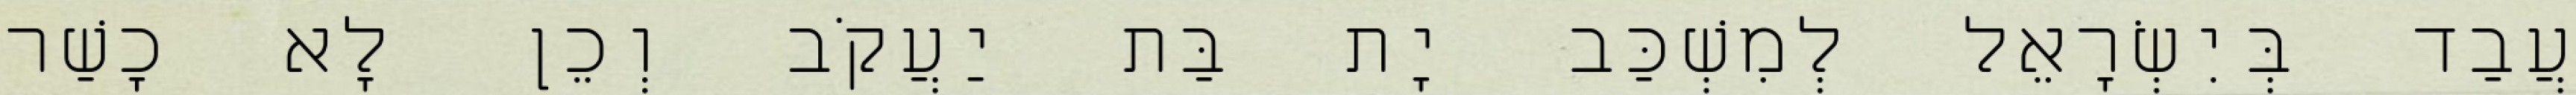
עֲבַד בְּיִשְׂרָאֵל לְמִשְׁכַּב יָת בַּת יַעֲקֹב וְכֵן לָא כָשַׁר